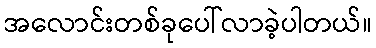
အလောင်းတစ်ခုပေါ်လာခဲ့ပါတယ်။